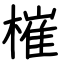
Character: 槯